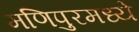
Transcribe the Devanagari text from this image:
मणिपुरमध्ये